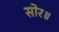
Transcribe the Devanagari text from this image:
सोर॥